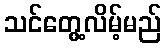
သင်တွေ့လိမ့်မည်